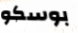
بوسكو